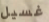
غسيل